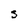
Character: S